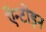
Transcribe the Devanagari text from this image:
ऐन्टोइन